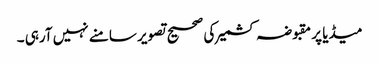
میڈیا پر مقبوضہ کشمیر کی صحیح تصویر سامنے نہیں آرہی ۔